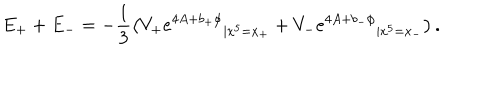
LaTeX: E _ { + } + E _ { - } = - \frac { 1 } { 3 } \left( { V _ { + } e ^ { 4 A + b _ { + } \phi } } _ { | x ^ { 5 } = x _ { + } } + { V _ { - } e ^ { 4 A + b _ { - } \phi } } _ { | x ^ { 5 } = x _ { - } } \right) .